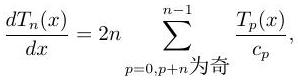
$\frac{dT_n(x)}{dx}=2n\sum_{p = 0,p + n\text{ 为奇}}^{n - 1}\frac{T_p(x)}{c_p},$